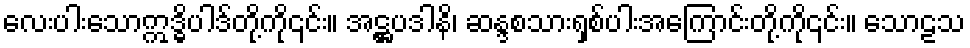
လေးပါးသောဣဒ္ဓိပါဒ်တို့ကို၎င်း။ အဋ္ဌပဒါနိ၊ ဆန္ဒစသားရှစ်ပါးအကြောင်းတို့ကို၎င်း။ သောဠသ